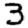
Digit: 3